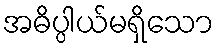
အဓိပ္ပါယ်မရှိသော